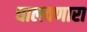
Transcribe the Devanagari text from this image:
घालवणारा